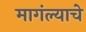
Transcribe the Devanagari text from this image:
मागंल्याचे